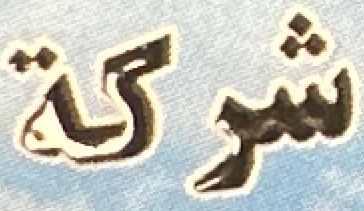
شركة